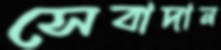
সেবাদান